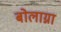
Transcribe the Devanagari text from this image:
बोलाग्ना